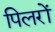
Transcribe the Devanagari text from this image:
पिलरों